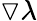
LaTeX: \triangledown\lambda